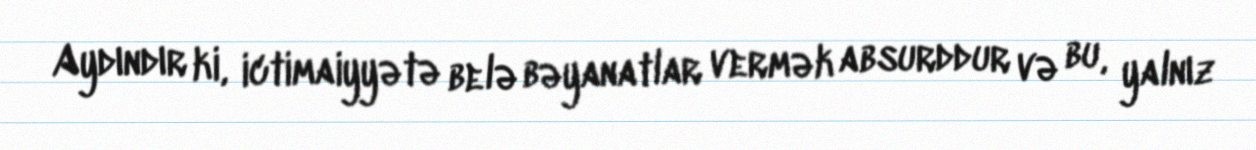
Aydındır ki, ictimaiyyətə belə bəyanatlar vermək absurddur və bu, yalnız